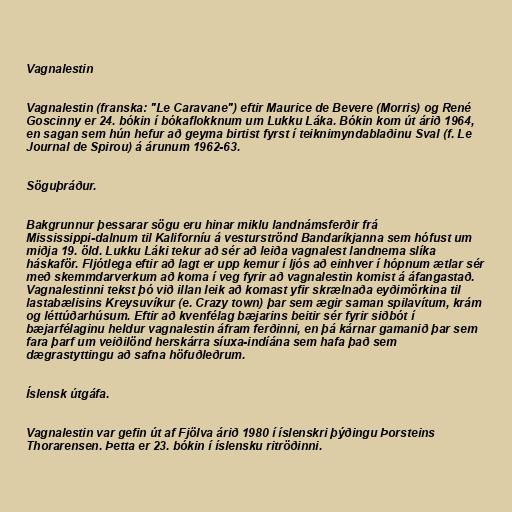
Vagnalestin

Vagnalestin (franska: "Le Caravane") eftir Maurice de Bevere (Morris) og René
Goscinny er 24. bókin í bókaflokknum um Lukku Láka. Bókin kom út árið 1964,
en sagan sem hún hefur að geyma birtist fyrst í teiknimyndablaðinu Sval (f. Le
Journal de Spirou) á árunum 1962-63.

Söguþráður.

Bakgrunnur þessarar sögu eru hinar miklu landnámsferðir frá
Mississippi-dalnum til Kaliforníu á vesturströnd Bandaríkjanna sem hófust um
miðja 19. öld. Lukku Láki tekur að sér að leiða vagnalest landnema slíka
háskaför. Fljótlega eftir að lagt er upp kemur í ljós að einhver í hópnum ætlar sér
með skemmdarverkum að koma í veg fyrir að vagnalestin komist á áfangastað.
Vagnalestinni tekst þó við illan leik að komast yfir skrælnaða eyðimörkina til
lastabælisins Kreysuvíkur (e. Crazy town) þar sem ægir saman spilavítum, krám
og léttúðarhúsum. Eftir að kvenfélag bæjarins beitir sér fyrir siðbót í
bæjarfélaginu heldur vagnalestin áfram ferðinni, en þá kárnar gamanið þar sem
fara þarf um veiðilönd herskárra síuxa-indíána sem hafa það sem
dægrastyttingu að safna höfuðleðrum.

Íslensk útgáfa.

Vagnalestin var gefin út af Fjölva árið 1980 í íslenskri þýðingu Þorsteins
Thorarensen. Þetta er 23. bókin í íslensku ritröðinni.